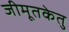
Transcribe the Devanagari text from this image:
जीमूतकेतु